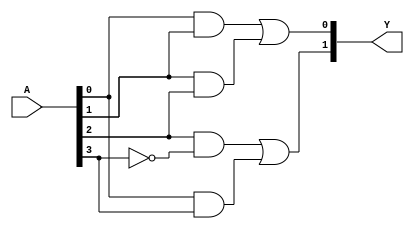
module FusedPAL (
    input wire [N-1:0] A, // Binary inputs A1, A2, ..., An (N inputs)
    output wire [M-1:0] Y // Binary outputs Y1, Y2, ..., Ym (M outputs)
);

// Parameter definitions
parameter N = 4; // Number of inputs
parameter M = 2; // Number of outputs
parameter NUM_AND_GATES = 4; // Number of fixed AND gates

// AND gate outputs
wire [NUM_AND_GATES-1:0] and_out;

// Fixed AND gate logic
assign and_out[0] = A[0] & A[1]; // Example: AND gate 1 (A1 AND A2)
assign and_out[1] = A[1] & A[2]; // Example: AND gate 2 (A2 AND A3)
assign and_out[2] = A[2] & ~A[3]; // Example: AND gate 3 (A3 AND NOT A4)
assign and_out[3] = A[0] & A[3]; // Example: AND gate 4 (A1 AND A4)

// Programmable OR logic
// Here we define which AND gates contribute to each output
assign Y[0] = and_out[0] | and_out[1]; // Output Y1 = AND1 OR AND2
assign Y[1] = and_out[2] | and_out[3]; // Output Y2 = AND3 OR AND4

endmodule